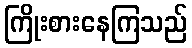
ကြိုးစားနေကြသည်